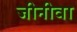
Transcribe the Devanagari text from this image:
जीनीवा